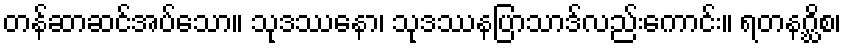
တန်ဆာဆင်အပ်သော။ သုဒဿနော၊ သုဒဿနပြာသာဒ်လည်းကောင်း။ ရတနဂ္ဃိစ၊